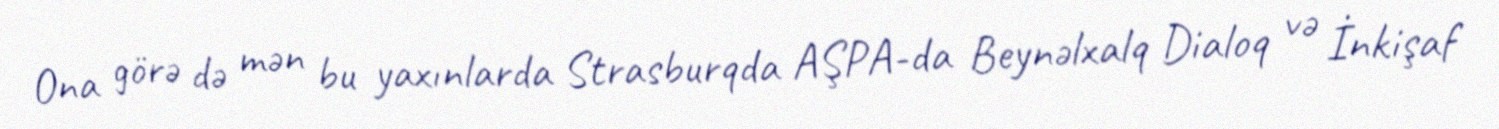
Ona görə də mən bu yaxınlarda Strasburqda AŞPA-da Beynəlxalq Dialoq və İnkişaf